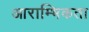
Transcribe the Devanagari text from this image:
आराम्भिकता